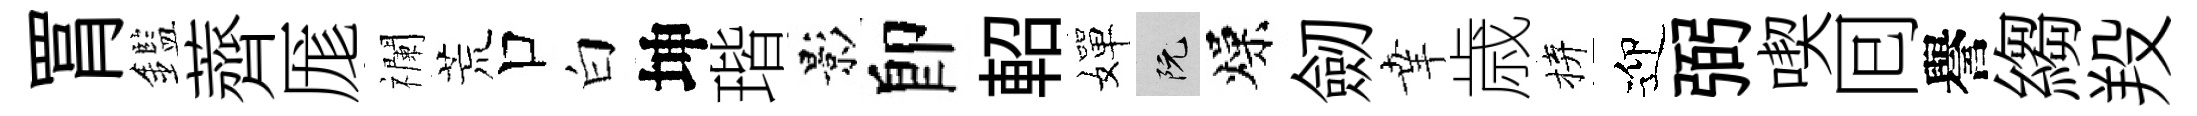
罥鑑薺厖襴荒口白坤瑎影卽軺嬋阮燥劒𦍒歳拚迎弼喫囘譽縐羖